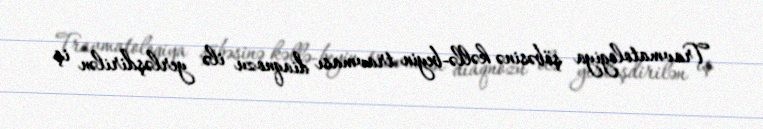
Travmatologiya şöbəsinə kəllə-beyin travması diaqnozu ilə yerləşdirilən iş